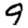
Digit: 9